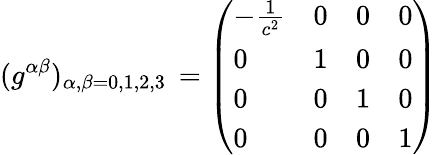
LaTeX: (g^{\alpha\beta})_{\alpha,\beta=0,1,2,3}\, =\left({\begin{array}{llll}{-{\frac{1}{c^{2}}}}&{0}&{0}&{0}\\ {0}&{1}&{0}&{0}\\ {0}&{0}&{1}&{0}\\ {0}&{0}&{0}&{1}\end{array}}\right)